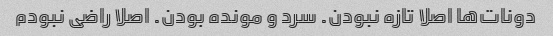
دونات‌ها اصلا تازه نبودن. سرد و مونده بودن. اصلا راضی نبودم